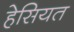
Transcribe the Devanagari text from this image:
हेसियत